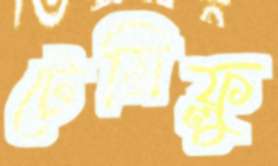
টেমিফ্লু